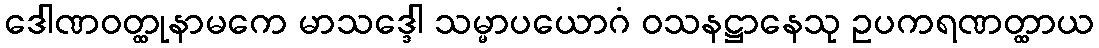
ဒေါဏဝတ္ထုနာမကေ မာသဒ္ဒေါ သမ္မာပယောဂံ ဝသနဋ္ဌာနေသု ဥပကရဏတ္ထာယ